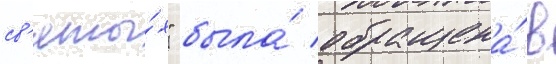
св'яты́х" была́ обращена́ в